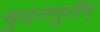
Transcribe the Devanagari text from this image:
मुदतपूतीर्